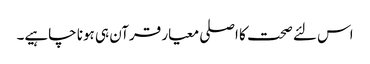
اس لئے صحت کا اصلی معیار قرآن ہی ہونا چاہیے۔